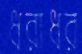
ধরাধর